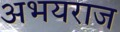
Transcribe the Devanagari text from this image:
अभयराज